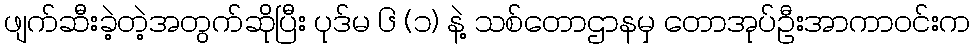
ဖျက်ဆီးခဲ့တဲ့အတွက်ဆိုပြီး ပုဒ်မ ၆ (၁) နဲ့ သစ်တောဌာနမှ တောအုပ်ဦးအာကာဝင်းက